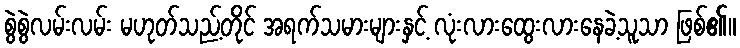
စွဲစွဲလမ်းလမ်း မဟုတ်သည့်တိုင် အရက်သမားများနှင့် လုံးလားထွေးလားနေခဲ့သူသာ ဖြစ်၏။